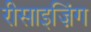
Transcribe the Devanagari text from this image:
रीसाइज़िंग